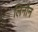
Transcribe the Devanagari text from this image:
लिनौन